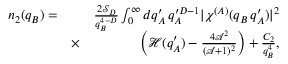
\begin{array} { r l r } { n _ { 2 } ( q _ { B } ) = } & { } & { \frac { 2 \mathcal { S } _ { D } } { q _ { B } ^ { 4 - D } } \int _ { 0 } ^ { \infty } d q _ { A } ^ { \prime } \, q _ { A } ^ { \prime D - 1 } | \chi ^ { ( A ) } ( q _ { B } \, q _ { A } ^ { \prime } ) | ^ { 2 } } \\ & { \times } & { \left( \mathcal { H } ( q _ { A } ^ { \prime } ) - \frac { 4 \mathcal { A } ^ { 2 } } { ( \mathcal { A } + 1 ) ^ { 2 } } \right) + \frac { C _ { 2 } } { q _ { B } ^ { 4 } } , } \end{array}